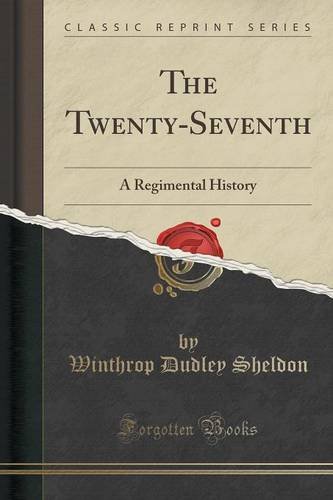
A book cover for The Twenty-Seventh: A Regimental History (Classic Reprint); Winthrop Dudley Sheldon; History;